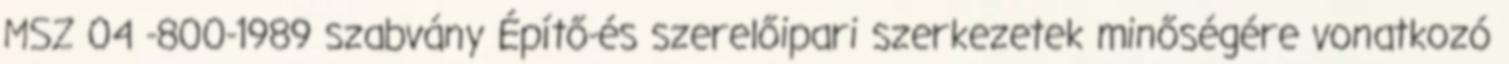
MSZ 04 -800-1989 szabvány Építő-és szerelőipari szerkezetek minőségére vonatkozó